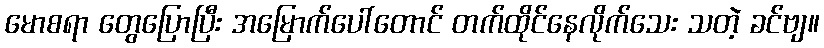
မောစရာ တွေပြောပြီး အမြောက်ပေါ်တောင် တက်ထိုင်နေလိုက်သေး သတဲ့ ခင်ဗျ။